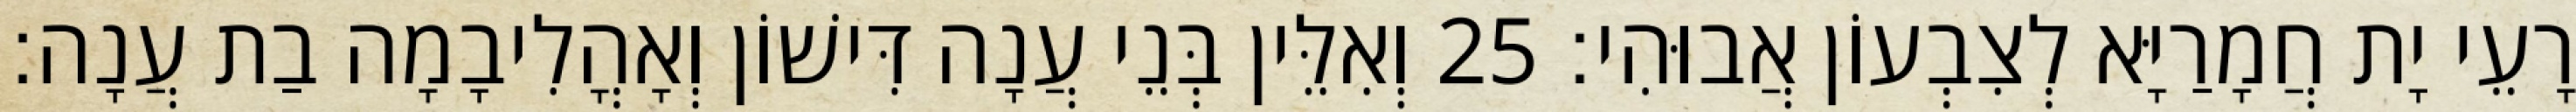
רָעֵי יָת חֲמָרַיָּא לְצִבְעוֹן אֲבוּהִי׃ 25 וְאִלֵּין בְּנֵי עֲנָה דִּישׁוֹן וְאָהֳלִיבָמָה בַת עֲנָה׃